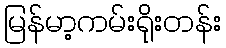
မြန်မာ့ကမ်းရိုးတန်း